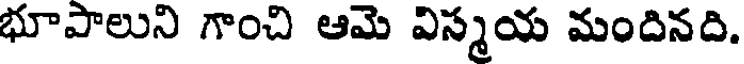
భూపాలుని గాంచి ఆమె విస్మయ మందినది.